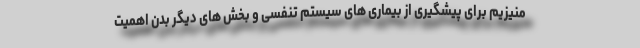
منیزیم برای پیشگیری از بیماری های سیستم تنفسی و بخش های دیگر بدن اهمیت